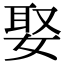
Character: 娶